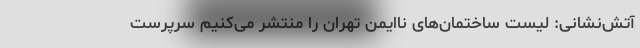
آتش‌نشانی: لیست ساختمان‌های ناایمن تهران را منتشر می‌کنیم سرپرست